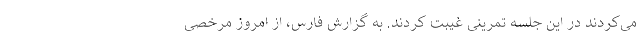
می‌کردند در این جلسه تمرینی غیبت کردند. به گزارش فارس، از امروز مرخصی